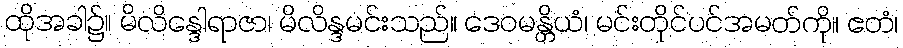
ထိုအခါ၌။ မိလိန္ဒေါရာဇာ၊ မိလိန္ဒမင်းသည်။ ဒေဝမန္တိယံ၊ မင်းတိုင်ပင်အမတ်ကို။ ဧတံ၊